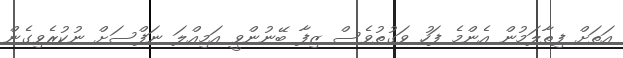
އަތަށް ފިތާލަމުން އެންމެ ފަހު ވަގުތުވެސް ޒިފާ ބޭނުންވީ އަމިއްލަ ނަފްސަށް ނުކުރެވިގެން